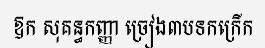
ឱក សុគន្ធកញ្ញា ច្រៀង៣បទកក្រើក